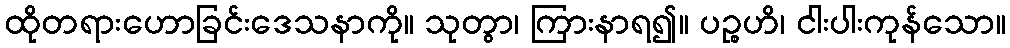
ထိုတရားဟောခြင်းဒေသနာကို။ သုတွာ၊ ကြားနာရ၍။ ပဉ္စဟိ၊ ငါးပါးကုန်သော။